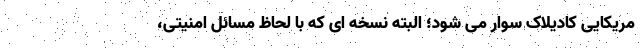
مریکایی کادیلاک سوار می شود؛ البته نسخه ای که با لحاظ مسائل امنیتی،